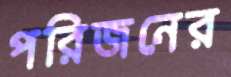
পরিজনের